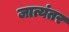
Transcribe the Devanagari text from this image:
जात्यंतर